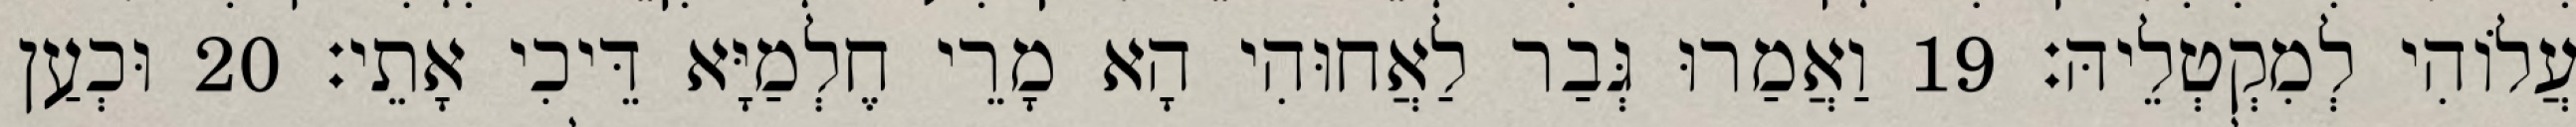
עֲלוֹהִי לְמִקְטְלֵיהּ׃ 19 וַאֲמַרוּ גְּבַר לַאֲחוּהִי הָא מָרֵי חֶלְמַיָּא דֵּיכִי אָתֵי׃ 20 וּכְעַן